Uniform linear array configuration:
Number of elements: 32
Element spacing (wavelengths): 0.25
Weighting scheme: exponential
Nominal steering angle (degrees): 0
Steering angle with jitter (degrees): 1.571
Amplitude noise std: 0.05
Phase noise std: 0.05

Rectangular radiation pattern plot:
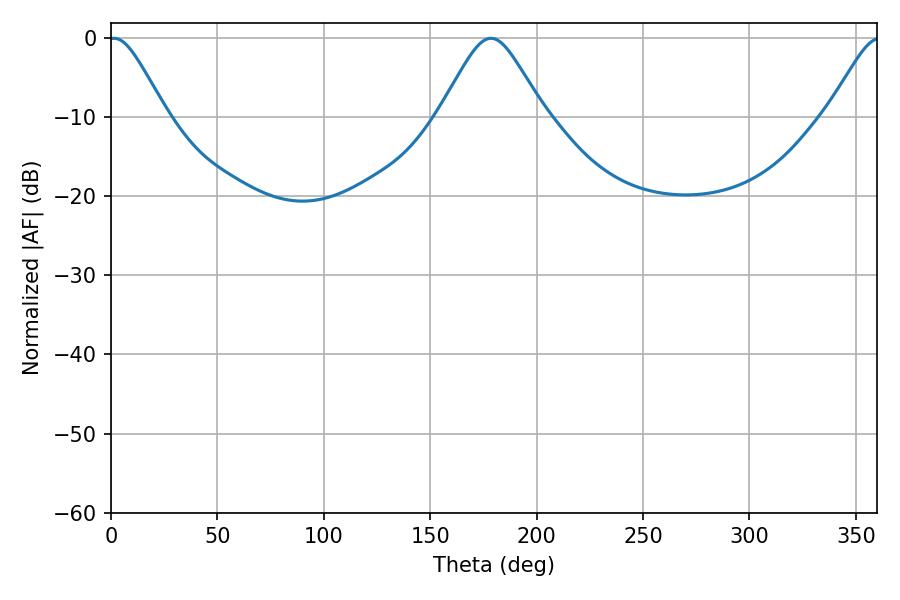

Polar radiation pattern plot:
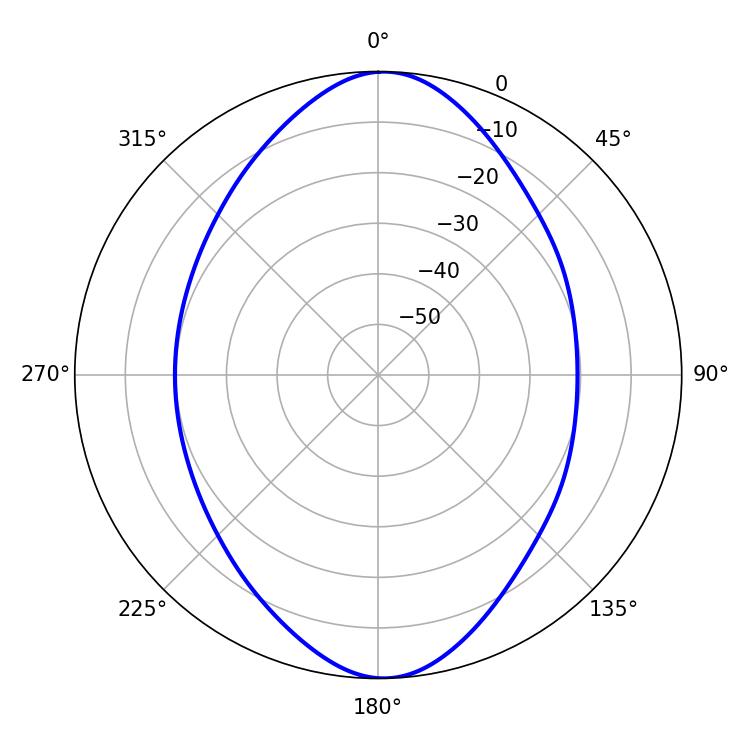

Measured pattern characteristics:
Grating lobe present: FALSE
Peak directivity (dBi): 21.228
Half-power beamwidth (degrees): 13.14
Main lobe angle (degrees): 1.44